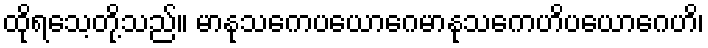
ထိုရသေ့တို့သည်။ မာနုသကေပယောဂေမာနုသကေဟိပယောဂေဟိ၊